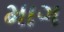
માગ